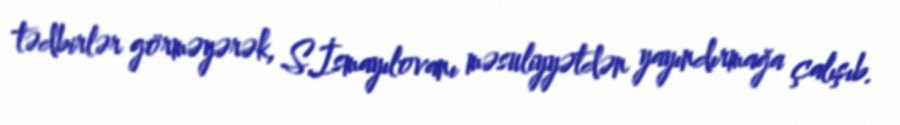
tədbirlər görməyərək, S.İsmayılovanı məsuliyyətdən yayındırmağa çalışıb.